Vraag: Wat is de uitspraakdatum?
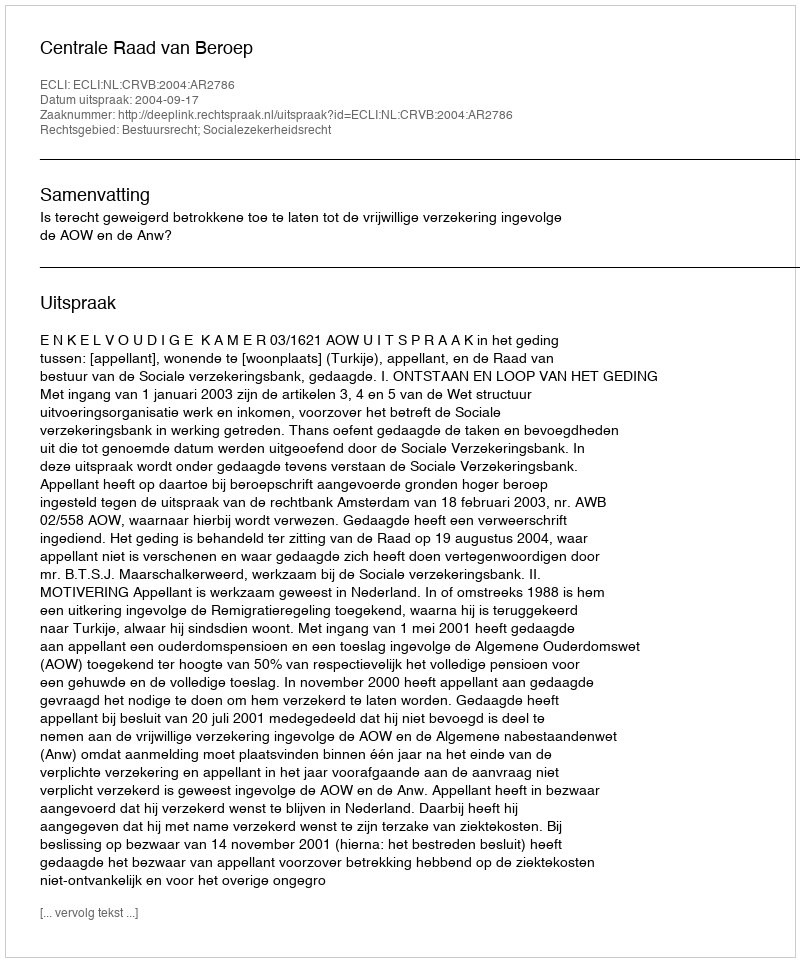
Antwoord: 2004-09-17